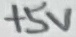
Text: +5V